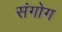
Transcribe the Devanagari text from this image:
संगोग